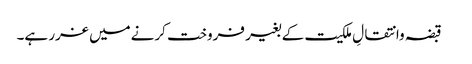
 قبضہ وانتقالِ ملکیت کے بغیر فروخت کرنےمیں غرر ہے۔